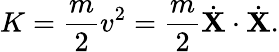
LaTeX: K={\frac{m}{2}}v^{2}={\frac{m}{2}}{\dot{\mathbf{X}}}\cdot{\dot{\mathbf{X}}}.